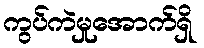
ကွပ်ကဲမှုအောက်ရှိ